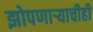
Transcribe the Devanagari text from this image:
झोपणाऱ्याचीही